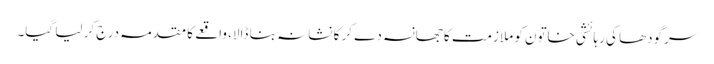
سرگودھا کی رہائشی خاتون کو ملازمت کا جھانسہ دے کر کا نشانہ بنا ڈالا، واقعے کا مقدمہ درج کر لیا گیا۔